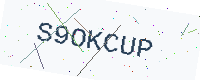
Text: S9OKCUP